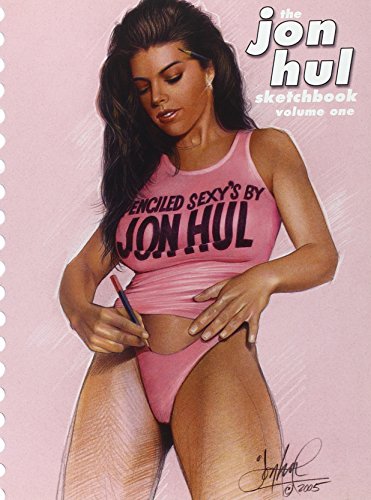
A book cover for The Jon Hul Sketchbook, Vol. 1; Jon Hul; Arts & Photography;